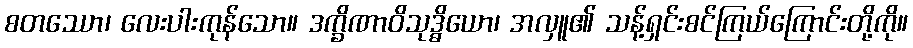
စတဿော၊ လေးပါးကုန်သော။ ဒက္ခိဏာဝိသုဒ္ဓိယော၊ အလှူ၏ သန့်ရှင်းစင်ကြယ်ကြောင်းတို့ကို။